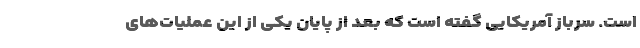
است. سرباز آمریکایی گفته است که بعد از پایان یکی از این عملیات‌های